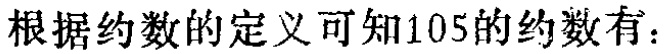
根据约数的定义可知105的约数有：